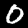
Label: 0